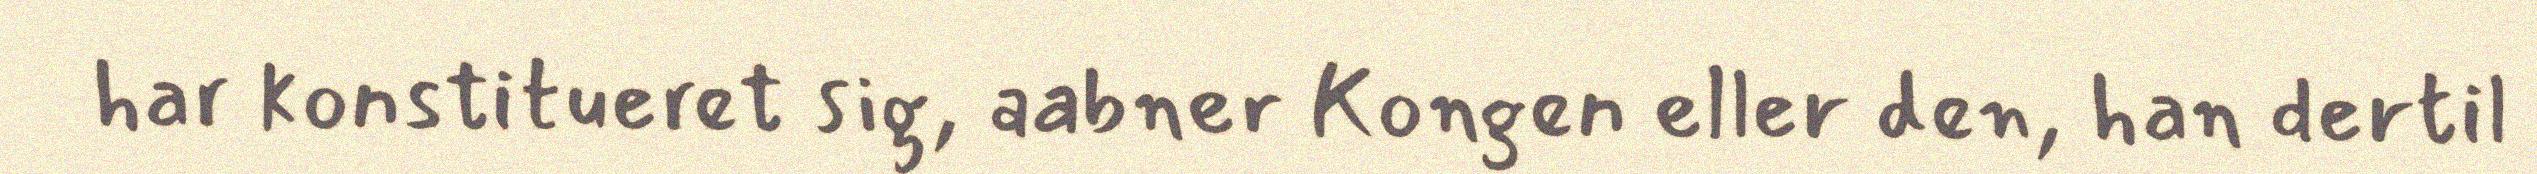
har konstitueret sig, aabner Kongen eller den, han dertil